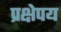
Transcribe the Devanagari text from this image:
प्रक्षेपय